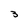
Character: 3